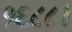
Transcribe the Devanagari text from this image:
१६८८।